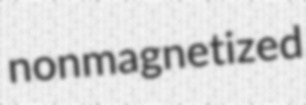
nonmagnetized